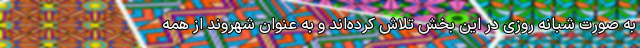
به صورت شبانه روزی در این بخش تلاش کرده‌اند و به عنوان شهروند از همه